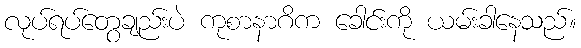
လုပ်ရပ်တွေချည်းပဲ ကုစာနာဂိက ခေါင်းကို ယမ်းခါနေသည်။